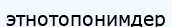
этнотопонимдер